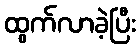
ထွက်လာခဲ့ပြီး